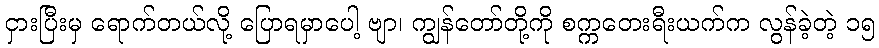
ငှားပြီးမှ ရောက်တယ်လို့ ပြောရမှာပေါ့ ဗျာ၊ ကျွန်တော်တို့ကို စက္ကတေးရီးယက်က လွန်ခဲ့တဲ့ ၁၅